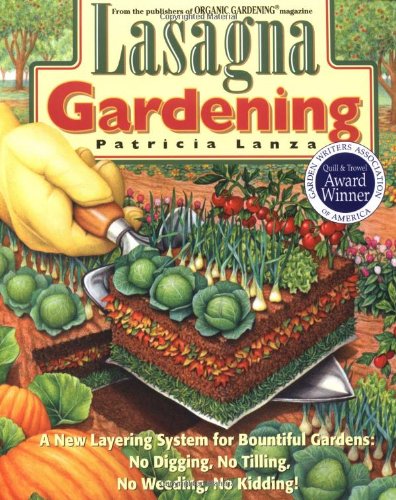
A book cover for Lasagna Gardening: A New Layering System for Bountiful Gardens: No Digging, No Tilling, No Weeding, No Kidding!; Patricia Lanza; Crafts, Hobbies & Home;